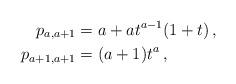
LaTeX: \begin{align*}p_{a,a+1}&=a+a t^{a-1}(1+t)\,,\\p_{a+1,a+1}&=(a+1) t^a\,,\end{align*}